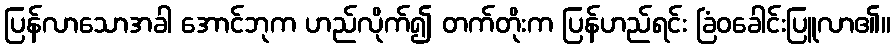
ပြန်လာသောအခါ အောင်ဘုက ဟည်လိုက်၍ တက်တိုးက ပြန်ဟည်ရင်း ခြံဝခေါင်းပြူလာ၏။